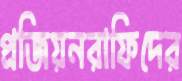
প্রজিয়নরাফিদের